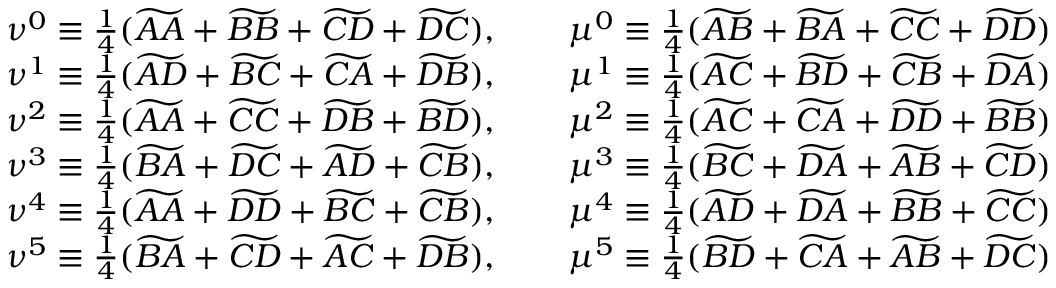
\begin{array} { c c } { \nu ^ { 0 } \equiv \frac { 1 } { 4 } ( \widetilde { A A } + \widetilde { B B } + \widetilde { C D } + \widetilde { D C } ) , \qquad \mu ^ { 0 } \equiv \frac { 1 } { 4 } ( \widetilde { A B } + \widetilde { B A } + \widetilde { C C } + \widetilde { D D } ) } \\ { \nu ^ { 1 } \equiv \frac { 1 } { 4 } ( \widetilde { A D } + \widetilde { B C } + \widetilde { C A } + \widetilde { D B } ) , \qquad \mu ^ { 1 } \equiv \frac { 1 } { 4 } ( \widetilde { A C } + \widetilde { B D } + \widetilde { C B } + \widetilde { D A } ) } \\ { \nu ^ { 2 } \equiv \frac { 1 } { 4 } ( \widetilde { A A } + \widetilde { C C } + \widetilde { D B } + \widetilde { B D } ) , \qquad \mu ^ { 2 } \equiv \frac { 1 } { 4 } ( \widetilde { A C } + \widetilde { C A } + \widetilde { D D } + \widetilde { B B } ) } \\ { \nu ^ { 3 } \equiv \frac { 1 } { 4 } ( \widetilde { B A } + \widetilde { D C } + \widetilde { A D } + \widetilde { C B } ) , \qquad \mu ^ { 3 } \equiv \frac { 1 } { 4 } ( \widetilde { B C } + \widetilde { D A } + \widetilde { A B } + \widetilde { C D } ) } \\ { \nu ^ { 4 } \equiv \frac { 1 } { 4 } ( \widetilde { A A } + \widetilde { D D } + \widetilde { B C } + \widetilde { C B } ) , \qquad \mu ^ { 4 } \equiv \frac { 1 } { 4 } ( \widetilde { A D } + \widetilde { D A } + \widetilde { B B } + \widetilde { C C } ) } \\ { \nu ^ { 5 } \equiv \frac { 1 } { 4 } ( \widetilde { B A } + \widetilde { C D } + \widetilde { A C } + \widetilde { D B } ) , \qquad \mu ^ { 5 } \equiv \frac { 1 } { 4 } ( \widetilde { B D } + \widetilde { C A } + \widetilde { A B } + \widetilde { D C } ) } \end{array}